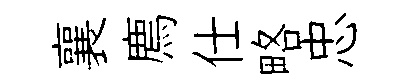
襄廌仕略忠